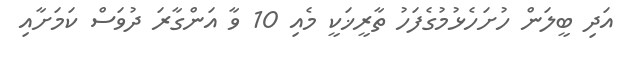
އަދި ބީލަން ހުށަހެޅުމުގެފަހު ތާރީޚަކީ މެއި 10 ވާ އަންގާރަ ދުވަސް ކަމަށާއި